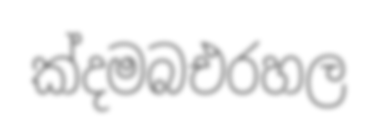
ක්දමබඑරහල